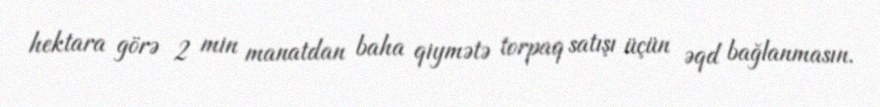
hektara görə 2 min manatdan baha qiymətə torpaq satışı üçün əqd bağlanmasın.